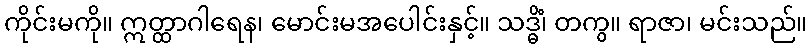
ကိုင်းမကို။ ဣတ္ထာဂါရေန၊ မောင်းမအပေါင်းနှင့်။ သဒ္ဓိံ၊ တကွ။ ရာဇာ၊ မင်းသည်။